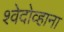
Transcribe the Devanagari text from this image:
श्वेदोव्हाना